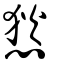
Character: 悐